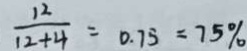
\frac { 1 2 } { 1 2 + 4 } = 0 . 7 5 = 7 5 \%